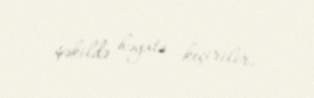
şəkildə həyata keçirilir.